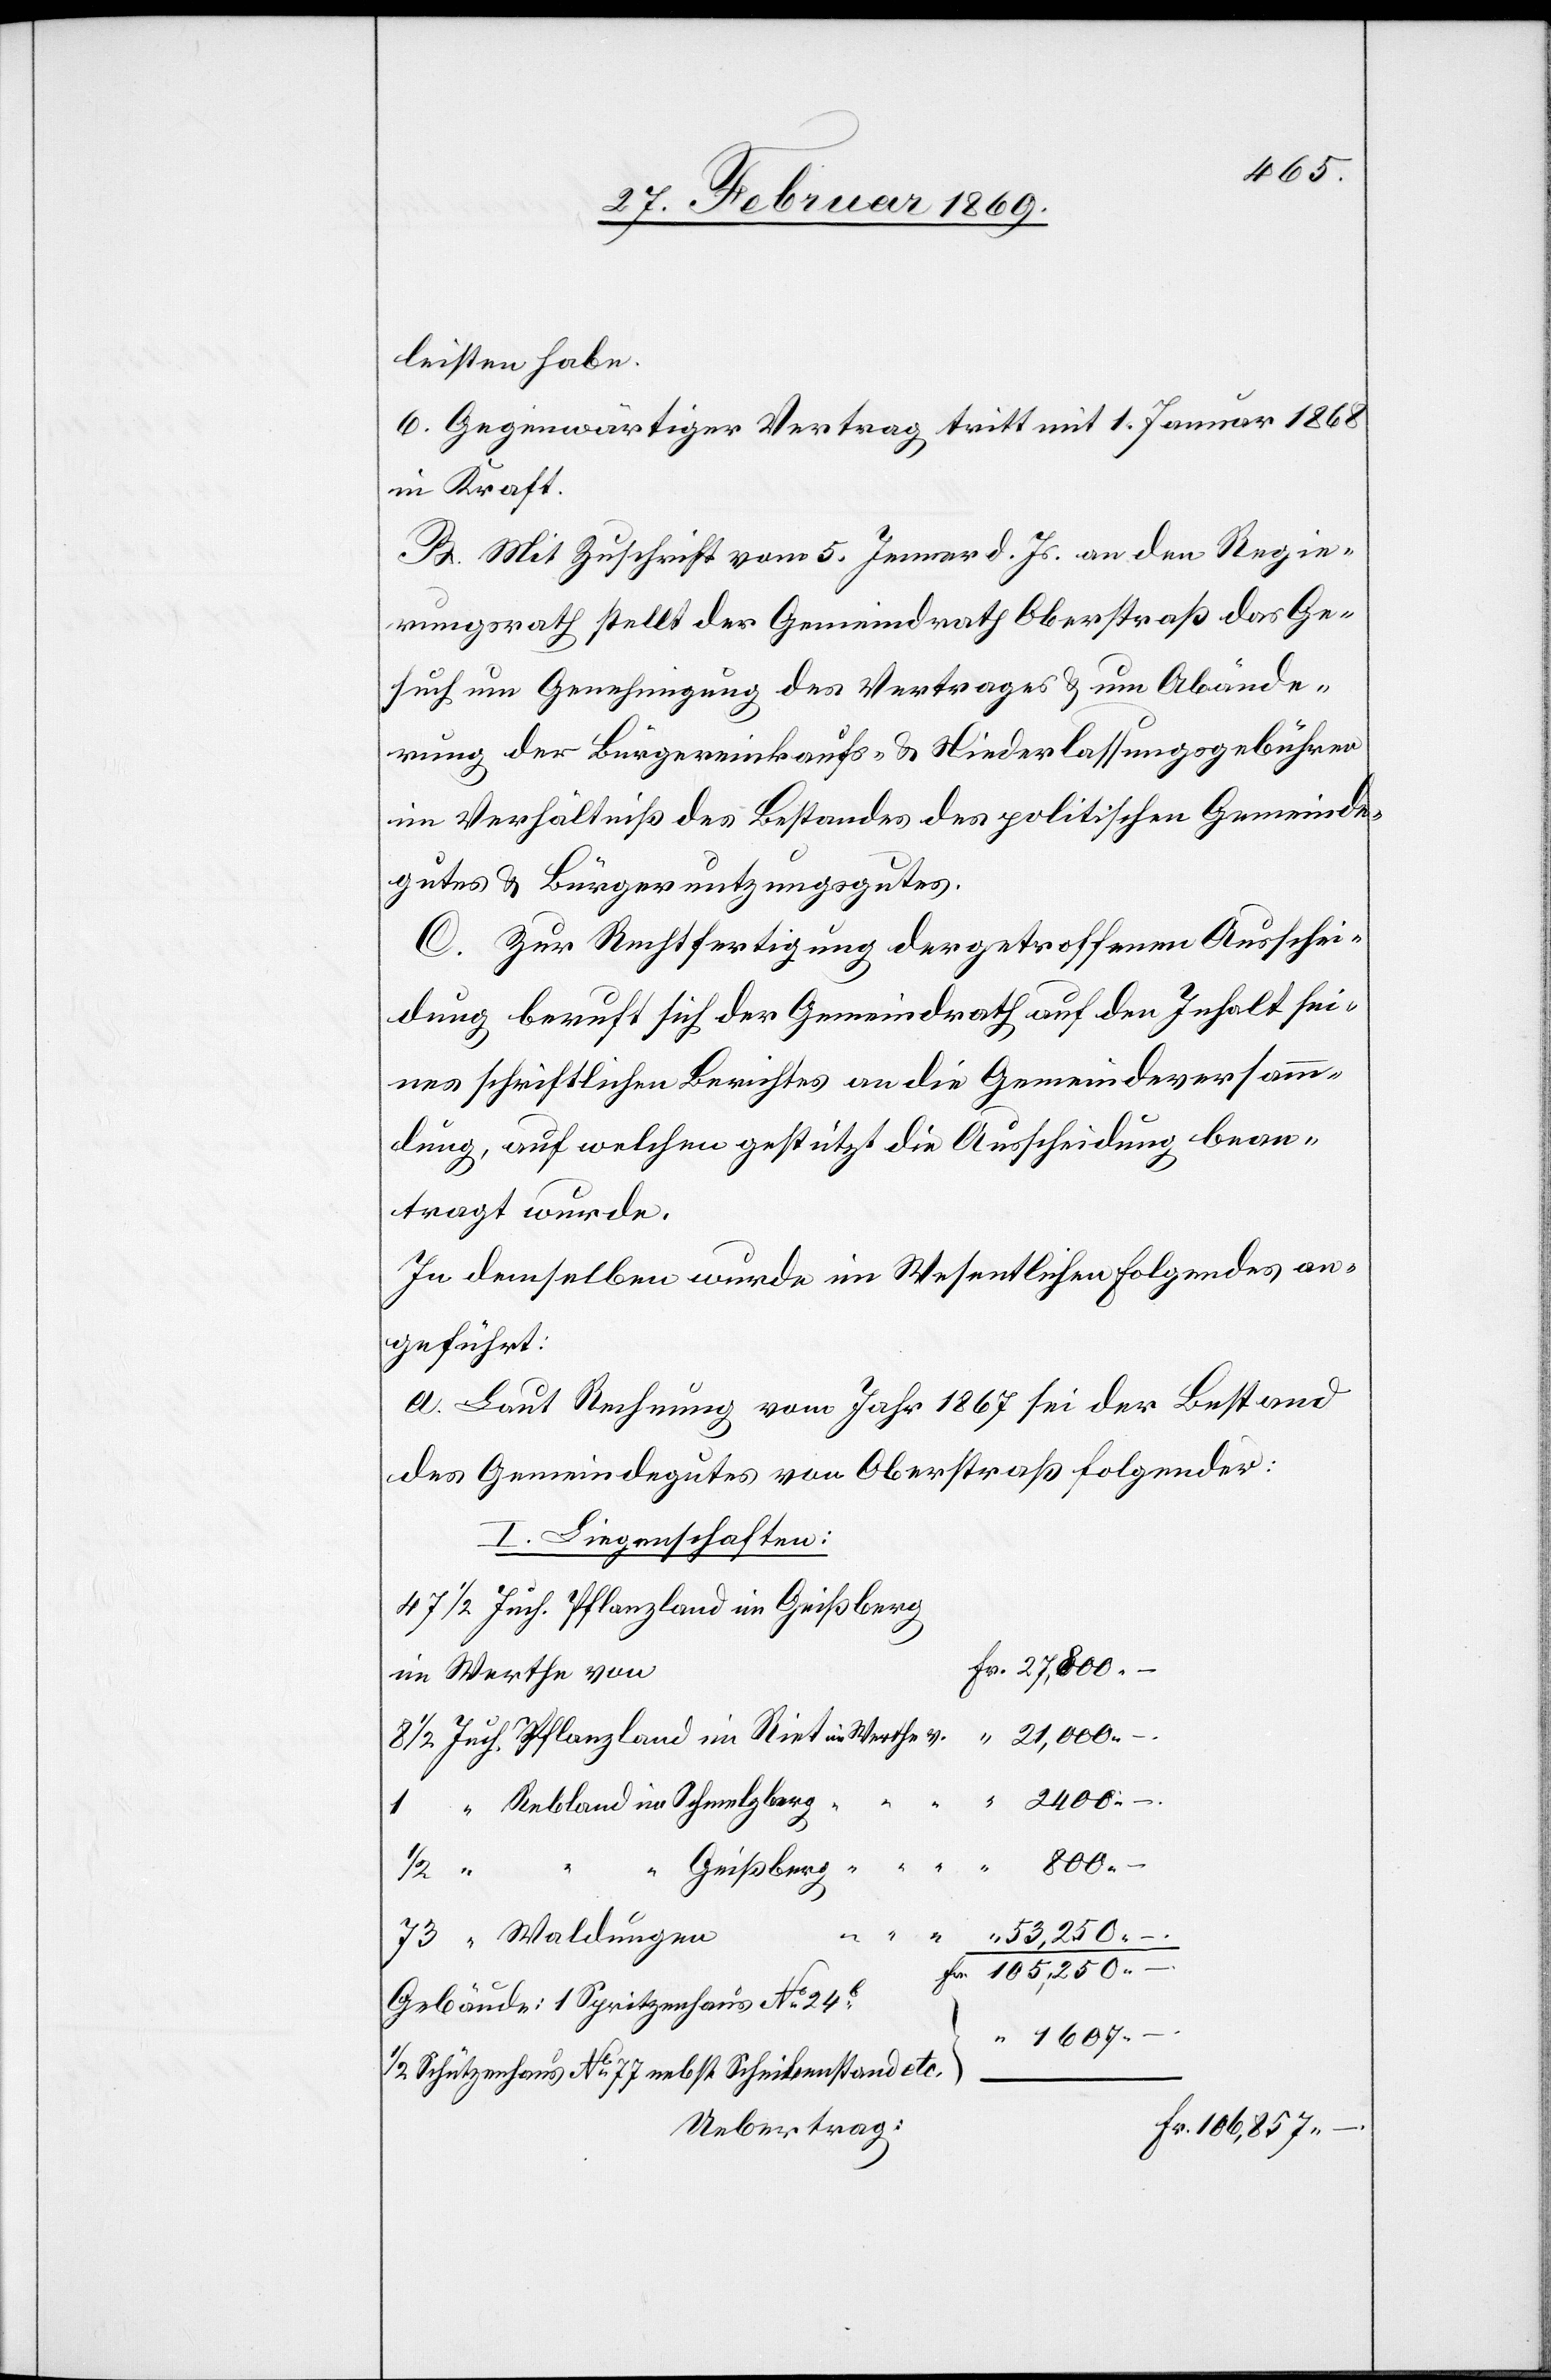
leisten habe.
6. Gegenwärtiger Vertrag tritt mit 1. Januar 1868
in Kraft.
B. Mit Zuschrift vom 5. Jenner d. Js. an den Regie¬
rungsrath stellt der Gemeindrath Oberstraß das Ge¬
such um Genehmigung des Vertrages & um Abände¬
rung der Bürgereinkaufs- & Niederlassungsgebühren
im Verhältniß des Bestandes des politischen Gemeinde¬
gutes & Bürgernutzungsgutes.
C. Zur Rechtfertigung der getroffenen Ausschei¬
dung beruft sich der Gemeindrath auf den Inhalt sei¬
nes schriftlichen Berichtes an die Gemeindeversamm¬
lung, auf welchen gestützt die Ausscheidung bean¬
tragt wurde.
In denselben wurde im Wesentlichen Folgendes an¬
geführt:
a. Laut Berechnung vom Jahr 1867 sei der Bestand
des Gemeindgutes von Oberstraß folgender:
I. Liegenschaften:
im Werthe v.
Rebland im Schmelzberg
800
.
Geißberg
Gebäude: 1 Spritzenhaus N° 24b
Schützenhaus N° 77 nebst Scheibenstand etc.
Uebertrag:
Fr. 106, 857.–